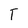
Character: T